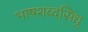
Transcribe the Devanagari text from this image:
भाषशब्दसिंधु